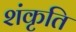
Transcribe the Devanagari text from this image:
शंकृति